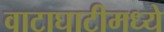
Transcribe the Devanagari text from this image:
वाटाघाटीमध्ये